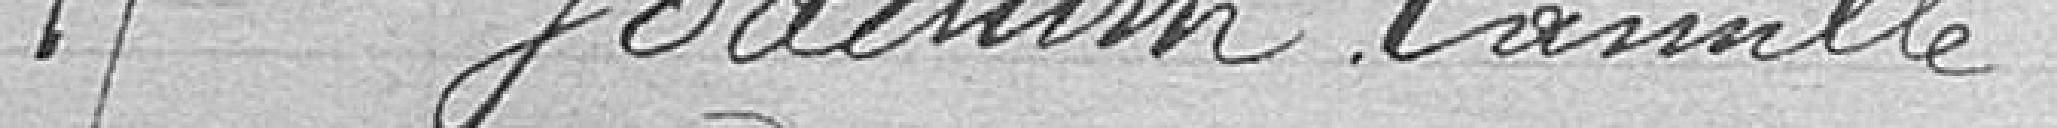
17. JOACHIM, Camille